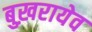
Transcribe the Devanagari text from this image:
बुख़रायेव